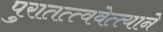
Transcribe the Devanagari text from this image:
पुरातत्त्ववेत्त्याने